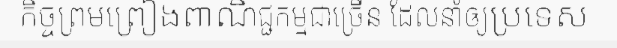
កិច្ចព្រមព្រៀងពាណិជ្ជកម្មជាច្រើន ដែលនាំឲ្យប្រទេស